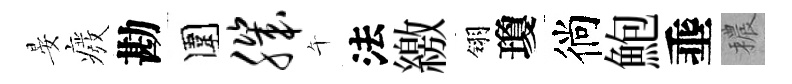
晏癈勘圍肌午法繳翎瓊徜鮑埀穠